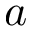
a